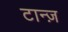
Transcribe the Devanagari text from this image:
टान्ज़